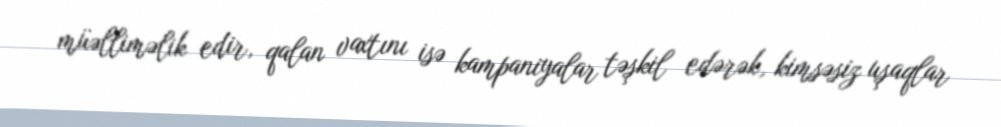
müəlliməlik edir, qalan vaxtını isə kampaniyalar təşkil edərək, kimsəsiz uşaqlar